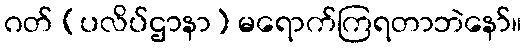
ဂတ် (ပလိပ်ဌာနာ) မရောက်ကြရတာဘဲနော်။